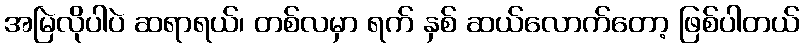
အမြဲလိုပါပဲ ဆရာရယ်၊ တစ်လမှာ ရက် နှစ် ဆယ်လောက်တော့ ဖြစ်ပါတယ်